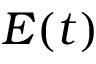
E ( t )